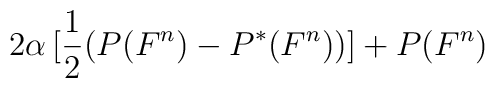
2\alpha\,[\frac{1}{2}(P(F^{n})-P^{\ast}(F^{n}))]+P(F^{n})